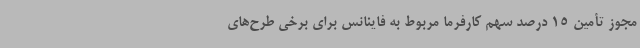
مجوز تأمین 15 درصد سهم کارفرما مربوط به فاینانس برای برخی طرح‌های